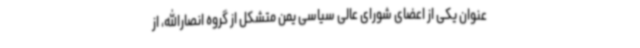
عنوان یکی از اعضای شورای عالی سیاسی یمن متشکل از گروه انصارالله، از